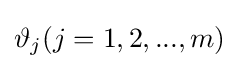
\vartheta _{j}(j=1,2,...,m)